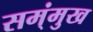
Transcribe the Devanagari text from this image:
सम्ंमुख